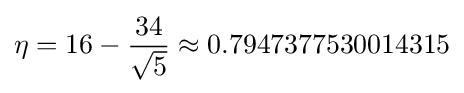
\eta =16-{\frac {34}{\sqrt {5}}}\approx 0.7947377530014315